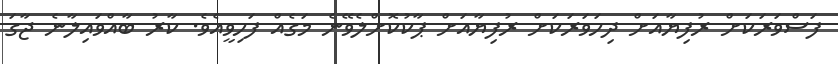
ފަސްވަރަކަށް ރުފިޔާއަށް ދިހަވަރަކަށް ރުފިޔާއަށް ޕާކުކޮށްލެވޭނެ މަގެއް ފަހިވީއެވެ. ކާރު ބާއްވައިލާނެ ޖާގަ